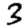
Digit: 3